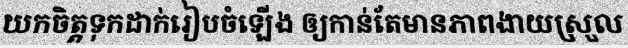
យកចិត្តទុកដាក់រៀបចំឡើង ឲ្យកាន់តែមានភាពងាយស្រួល